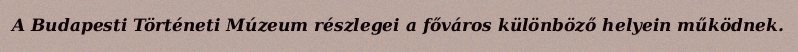
A Budapesti Történeti Múzeum részlegei a főváros különböző helyein működnek.